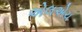
એલએચ